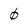
Character: 0